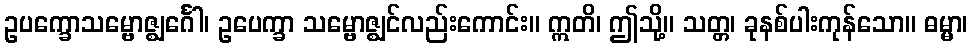
ဥပက္ခောသမ္ဗောဇ္ဈင်္ဂေါ၊ ဥပေက္ခာ သမ္ဗောဇ္ဈင်လည်းကောင်း။ ဣတိ၊ ဤသို့။ သတ္တ၊ ခုနစ်ပါးကုန်သော။ ဓမ္မာ၊